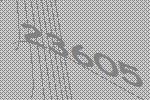
23605